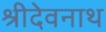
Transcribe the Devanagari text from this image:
श्रीदेवनाथ